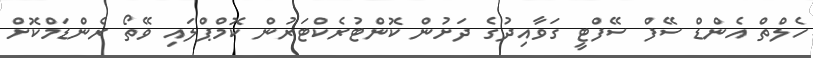
ހެލްތް އެންޑް ސޭފް ސޭފްޓީ ގަވާއިދުގެ ދަށުން ކޮންޓުރެކްޓަރުން ކޮމްޕްލައި ވޭތޯ ރެންޑަމްކޮށް